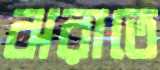
ঝরাতে